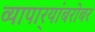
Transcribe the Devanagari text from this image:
व्यापार्‍यांबरोबर